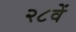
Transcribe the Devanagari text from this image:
२८वें